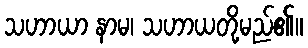
သဟာယာ နာမ၊ သဟာယတို့မည်၏။